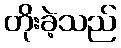
တိုးခဲ့သည်